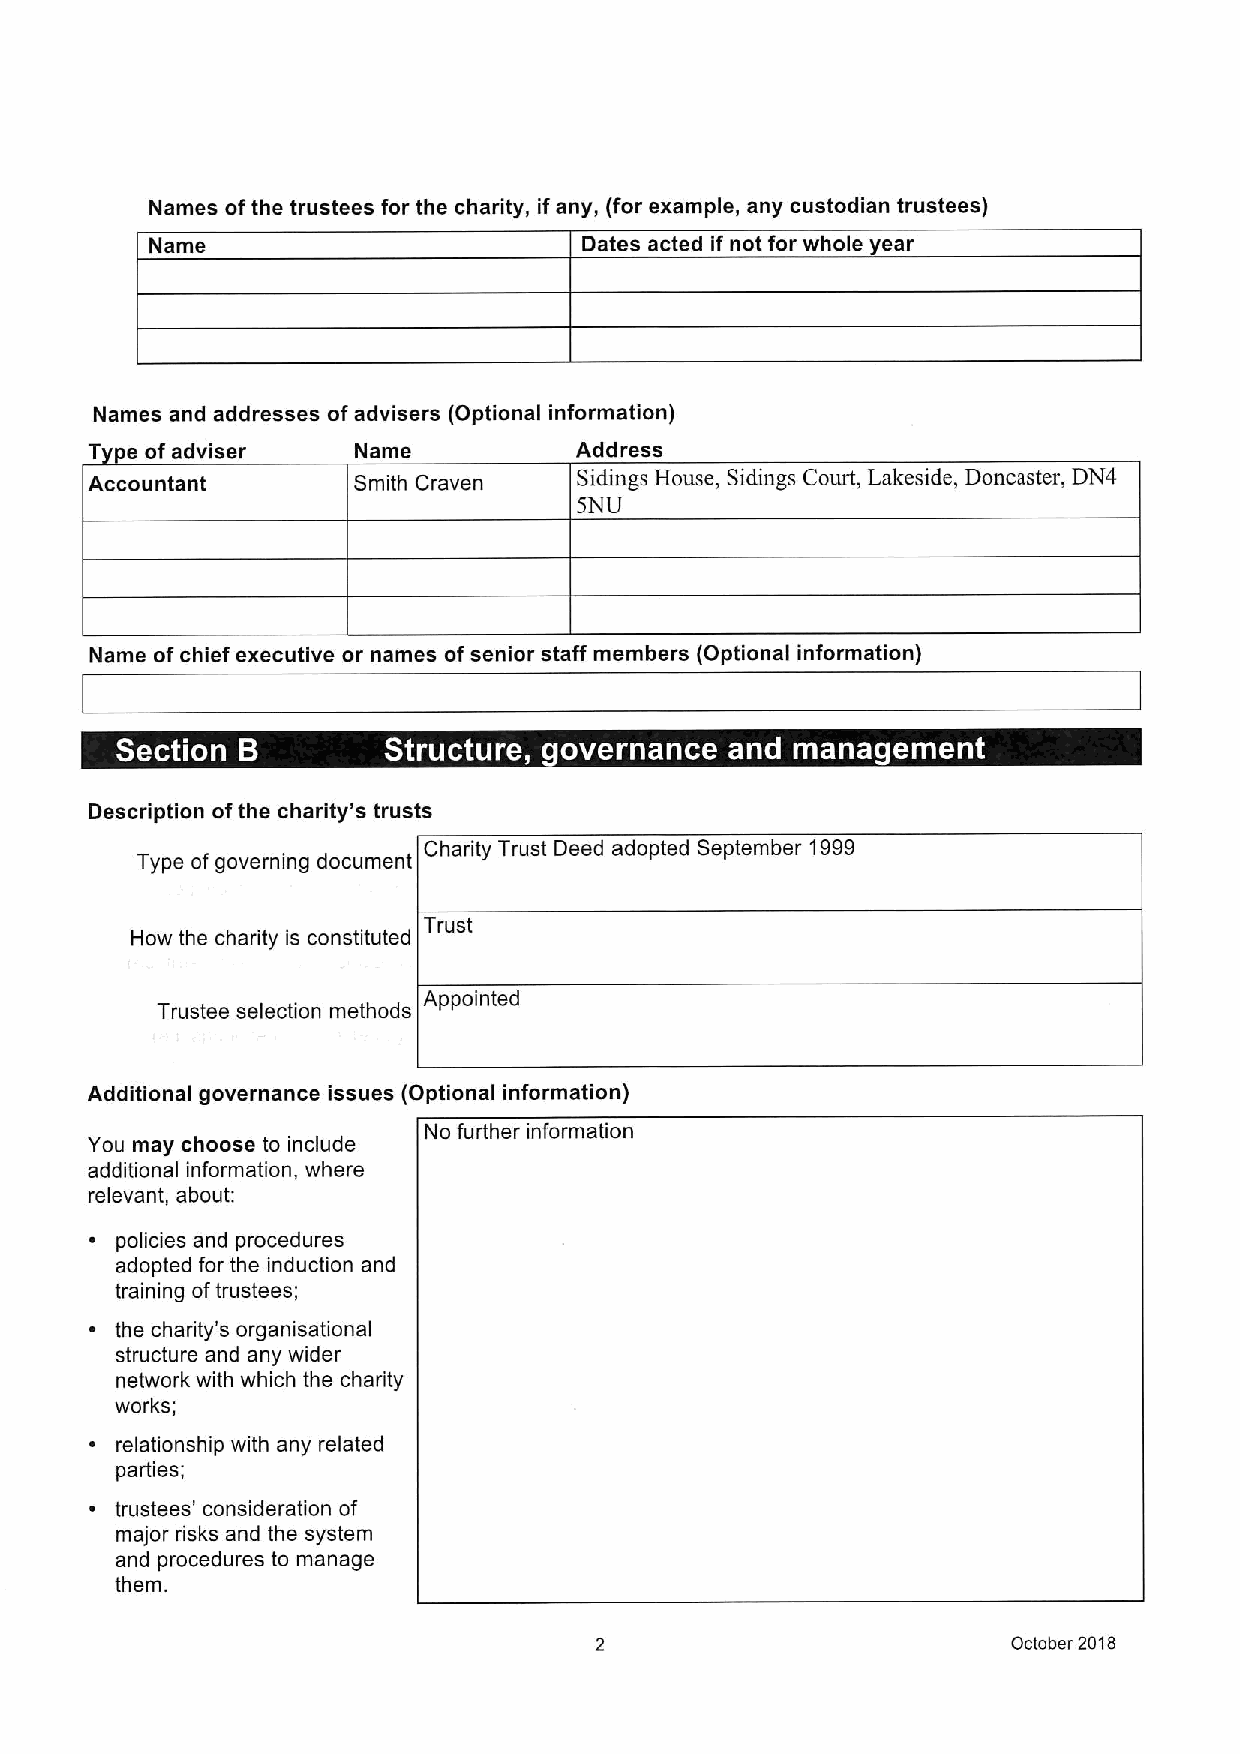
Names ofthe trustees for the charity, if any, (for example, any custodian trustees)
 Name                         Dates acted if not for whole year
 Names and addresses ofadvisers (Optional information)
 Type ofadviser   Name           Address
 Accountant       Smith Craven   Sidings House, Sittings Court, Lakeside, Doncaster, DN4
 5NU
 Name ofchief executive or names ofsenior staff members (Optional information)
 s
 ~                      ~ ~
 Description ofthe charity's trusts
 Charity Trust Deed adopted September 1999
 Type of governing document
 Trust
 How the charity is constituted
 Appointed
 Trustee selection methods
 Additional governance issues (Optional information)
 No further information
 You may choose to include
 additional information, where
 relevant, about:
 ~ policies and procedures
 adopted for the induction and
 training oftrustees;
 the charity's organisational
 structure and any wider
 network with which the charity
 works;
 relationship with any related
 parties;
 trustees' consideration of
 major risks and the system
 and procedures to manage
 them.
 October 2018